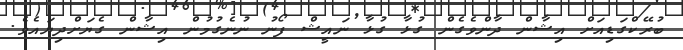
ބުރޭކްގަޑިއަށް އިޝާން ދާންވެގެން ގުޅާ ގުޅާ ނައީޝް ފޯނު ނުނެގުމުން އިޝާން ގެޔަށްދިޔައެވެ.